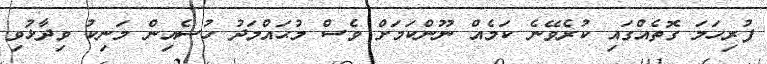
ފުރިހަމަ ގޮތެއްގައި ކުރެވޭނެ ކަމެއް ނޫންކަމަށް ވެސް މުޙައްމަދު ހުސެއިން މަނިކު ވިދާޅުވި